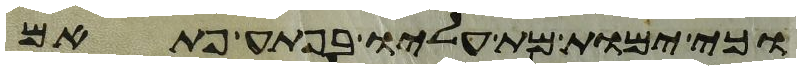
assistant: וכי ימות מת עליו בפתע פתאם